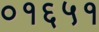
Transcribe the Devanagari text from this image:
०१६५१